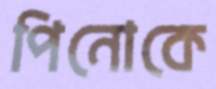
পিনোকে